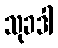
သုခဒါ